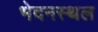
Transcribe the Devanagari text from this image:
भेदनस्थल